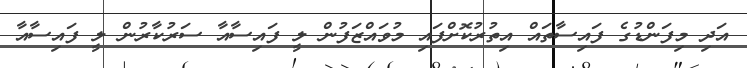
އަދި މިފަންޑުގެ ފައިސާތައް އިތުރުކޮށްފައި މުވައްޒަފުން ލީ ފައިސާއާ ސަރުކާރުން ލީ ފައިސާއާ